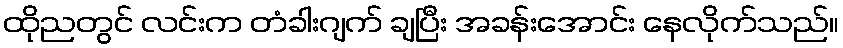
ထိုညတွင် လင်းက တံခါးဂျက် ချပြီး အခန်းအောင်း နေလိုက်သည်။